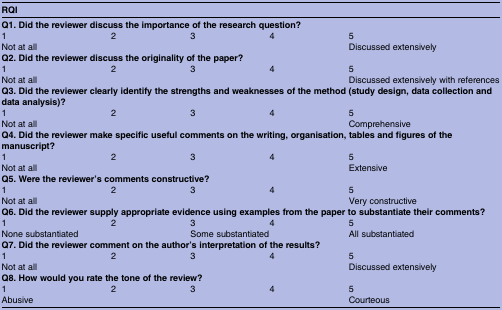
<table><thead><tr><td colspan="5"><b>RQI</b></td></tr></thead><tbody><tr><td colspan="5"><b>Q1. Did the reviewer discuss the importance of the research question?</b></td></tr><tr><td>1</td><td>2</td><td>3</td><td>4</td><td>5</td></tr><tr><td>Not at all</td><td></td><td></td><td></td><td>Discussed extensively</td></tr><tr><td colspan="5"><b>Q2. Did the reviewer discuss the originality of the paper?</b></td></tr><tr><td>1</td><td>2</td><td>3</td><td>4</td><td>5</td></tr><tr><td>Not at all</td><td></td><td></td><td></td><td>Discussed extensively with references</td></tr><tr><td colspan="5"><b>Q3. Did the reviewer clearly identify the strengths and weaknesses of the method (study design, data collection and data analysis)?</b></td></tr><tr><td>1</td><td>2</td><td>3</td><td>4</td><td>5</td></tr><tr><td>Not at all</td><td></td><td></td><td></td><td>Comprehensive</td></tr><tr><td colspan="5"><b>Q4. Did the reviewer make specific useful comments on the writing, organisation, tables and figures of the manuscript?</b></td></tr><tr><td>1</td><td>2</td><td>3</td><td>4</td><td>5</td></tr><tr><td>Not at all</td><td></td><td></td><td></td><td>Extensive</td></tr><tr><td colspan="5"><b>Q5. Were the reviewer’s comments constructive?</b></td></tr><tr><td>1</td><td>2</td><td>3</td><td>4</td><td>5</td></tr><tr><td>Not at all</td><td></td><td></td><td></td><td>Very constructive</td></tr><tr><td colspan="5"><b>Q6. Did the reviewer supply appropriate evidence using examples from the paper to substantiate their comments?</b></td></tr><tr><td>1</td><td>2</td><td>3</td><td>4</td><td>5</td></tr><tr><td colspan="2">None substantiated</td><td colspan="2">Some substantiated</td><td>All substantiated</td></tr><tr><td colspan="5"><b>Q7. Did the reviewer comment on the author’s interpretation of the results?</b></td></tr><tr><td>1</td><td>2</td><td>3</td><td>4</td><td>5</td></tr><tr><td>Not at all</td><td></td><td></td><td></td><td>Discussed extensively</td></tr><tr><td colspan="5"><b>Q8. How would you rate the tone of the review?</b></td></tr><tr><td>1</td><td>2</td><td>3</td><td>4</td><td>5</td></tr><tr><td>Abusive</td><td></td><td></td><td></td><td>Courteous</td></tr></tbody></table>